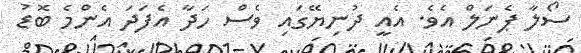
ސޯލާ ޕެނަލް އެވެ. އެއީ ދުނިޔޭގައި ވެސް ހަދާ އެފަދަ އެންމެ ބޮޑު